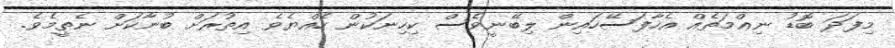
މިފަދަ ބޮޑު ނިޢްމަތެއް އެހާފަސޭހައިން ލިބޭނީވެސް ކިހިނަކުން ހެއްޔެވެ އިތުރަށް ބުނާކަށް ނެތީމެވެ.